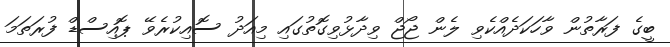
ބީގެ ފަރާތުން ވާހަކަދެއްކެވި ލެން ޖޯޖް ވިދާޅުވިގޮތުގައި މިއަދު ސޮއިކުރެވޭ ޕޮއިސްޑް ފުރަތަމަ